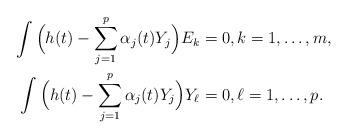
LaTeX: \begin{align*} \int \Big( h(t)-\sum_{j=1}^p \alpha_j(t)Y_j \Big)E_k&=0, k=1,\ldots,m,\\\int \Big( h(t)-\sum_{j=1}^p \alpha_j(t)Y_j \Big)Y_{\ell}&=0,\ell=1,\ldots,p. \end{align*}